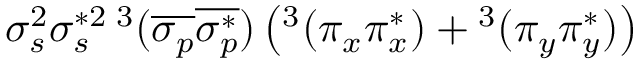
\sigma _ { s } ^ { 2 } \sigma _ { s } ^ { * 2 } { } \, ^ { 3 } ( \overline { { \sigma _ { p } } } \overline { { \sigma _ { p } ^ { * } } } ) \left( ^ 3 ( \pi _ { x } \pi _ { x } ^ { * } ) + { } ^ { 3 } ( \pi _ { y } \pi _ { y } ^ { * } ) \right)